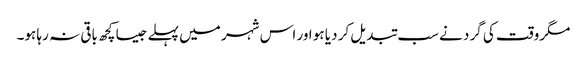
مگروقت کی گرد نے سب تبدیل کر دیا ہو اور اس شہر میں پہلے جیسا کچھ باقی نہ رہا ہو۔